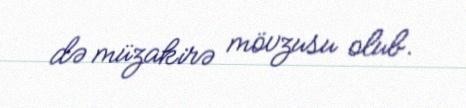
də müzakirə mövzusu olub.